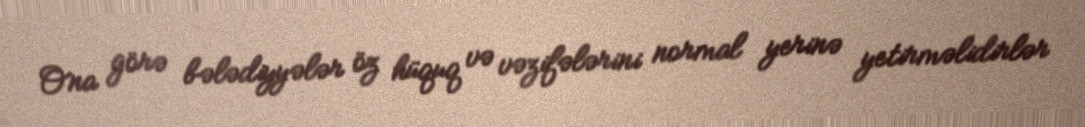
Ona görə bələdiyyələr öz hüquq və vəzifələrini normal yerinə yetirməlidirlər